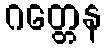
ဂတ္တေန